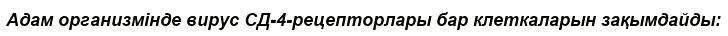
Адам организмінде вирус СД-4-рецепторлары бар клеткаларын зақымдайды: